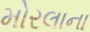
મોરલાના